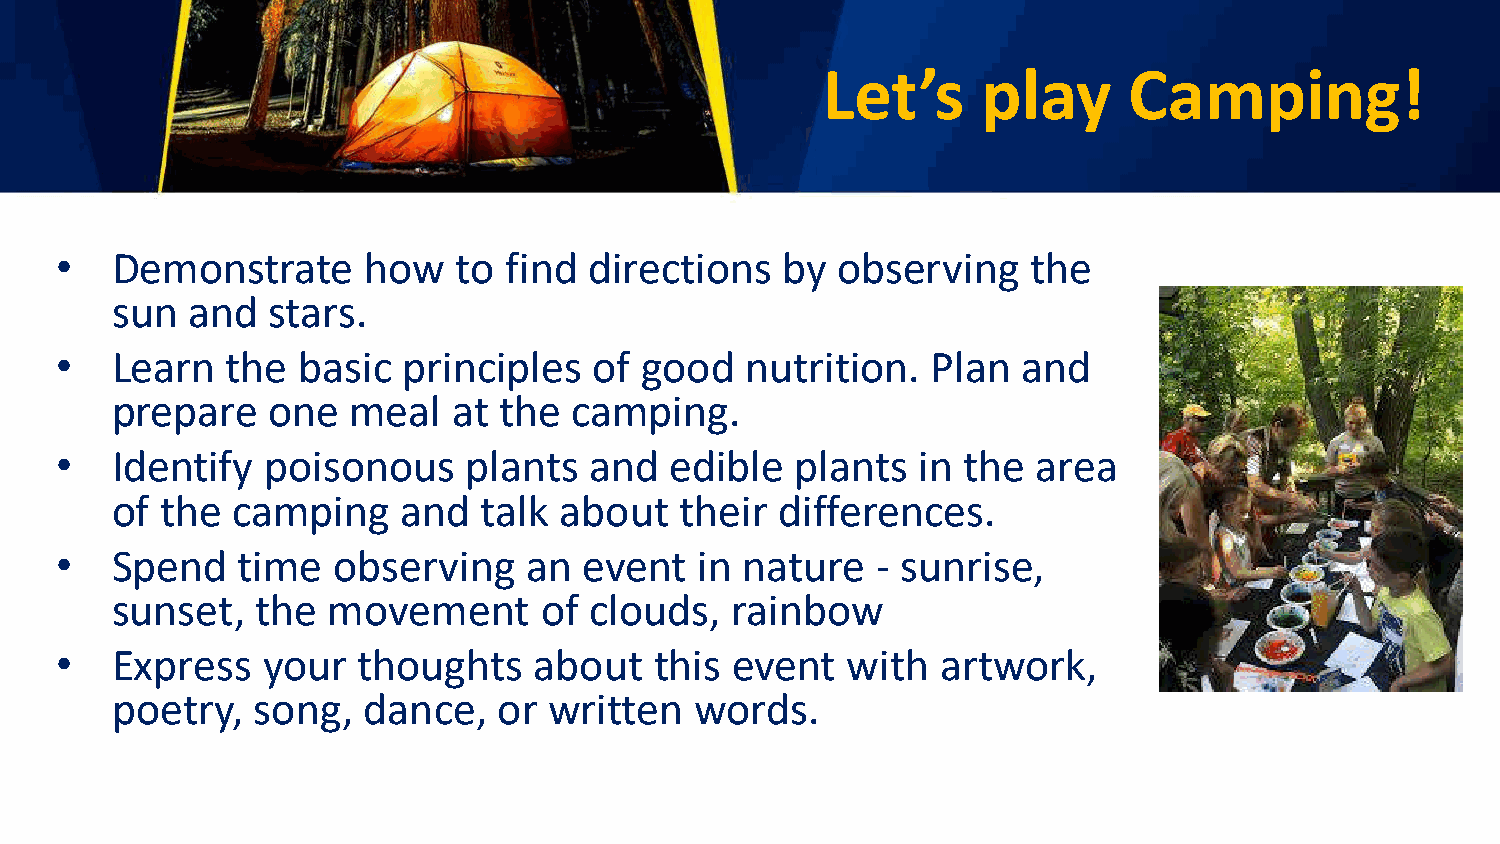
Let’s      play      Camping!
 •  Demonstrate      how   to find  directions   by observing    the
 sun  and   stars.
 •  Learn   the  basic  principles  of good   nutrition.   Plan  and
 prepare    one  meal   at the  camping.
 •  Identify   poisonous    plants  and  edible   plants  in the  area
 of  the camping     and  talk about   their  differences.
 •  Spend    time  observing    an  event  in nature   - sunrise,
 sunset,   the  movement      of clouds,  rainbow
 •  Express   your   thoughts   about   this event   with  artwork,
 poetry,   song,  dance,   or written   words.